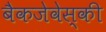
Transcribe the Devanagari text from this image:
बैकजेवेस्की